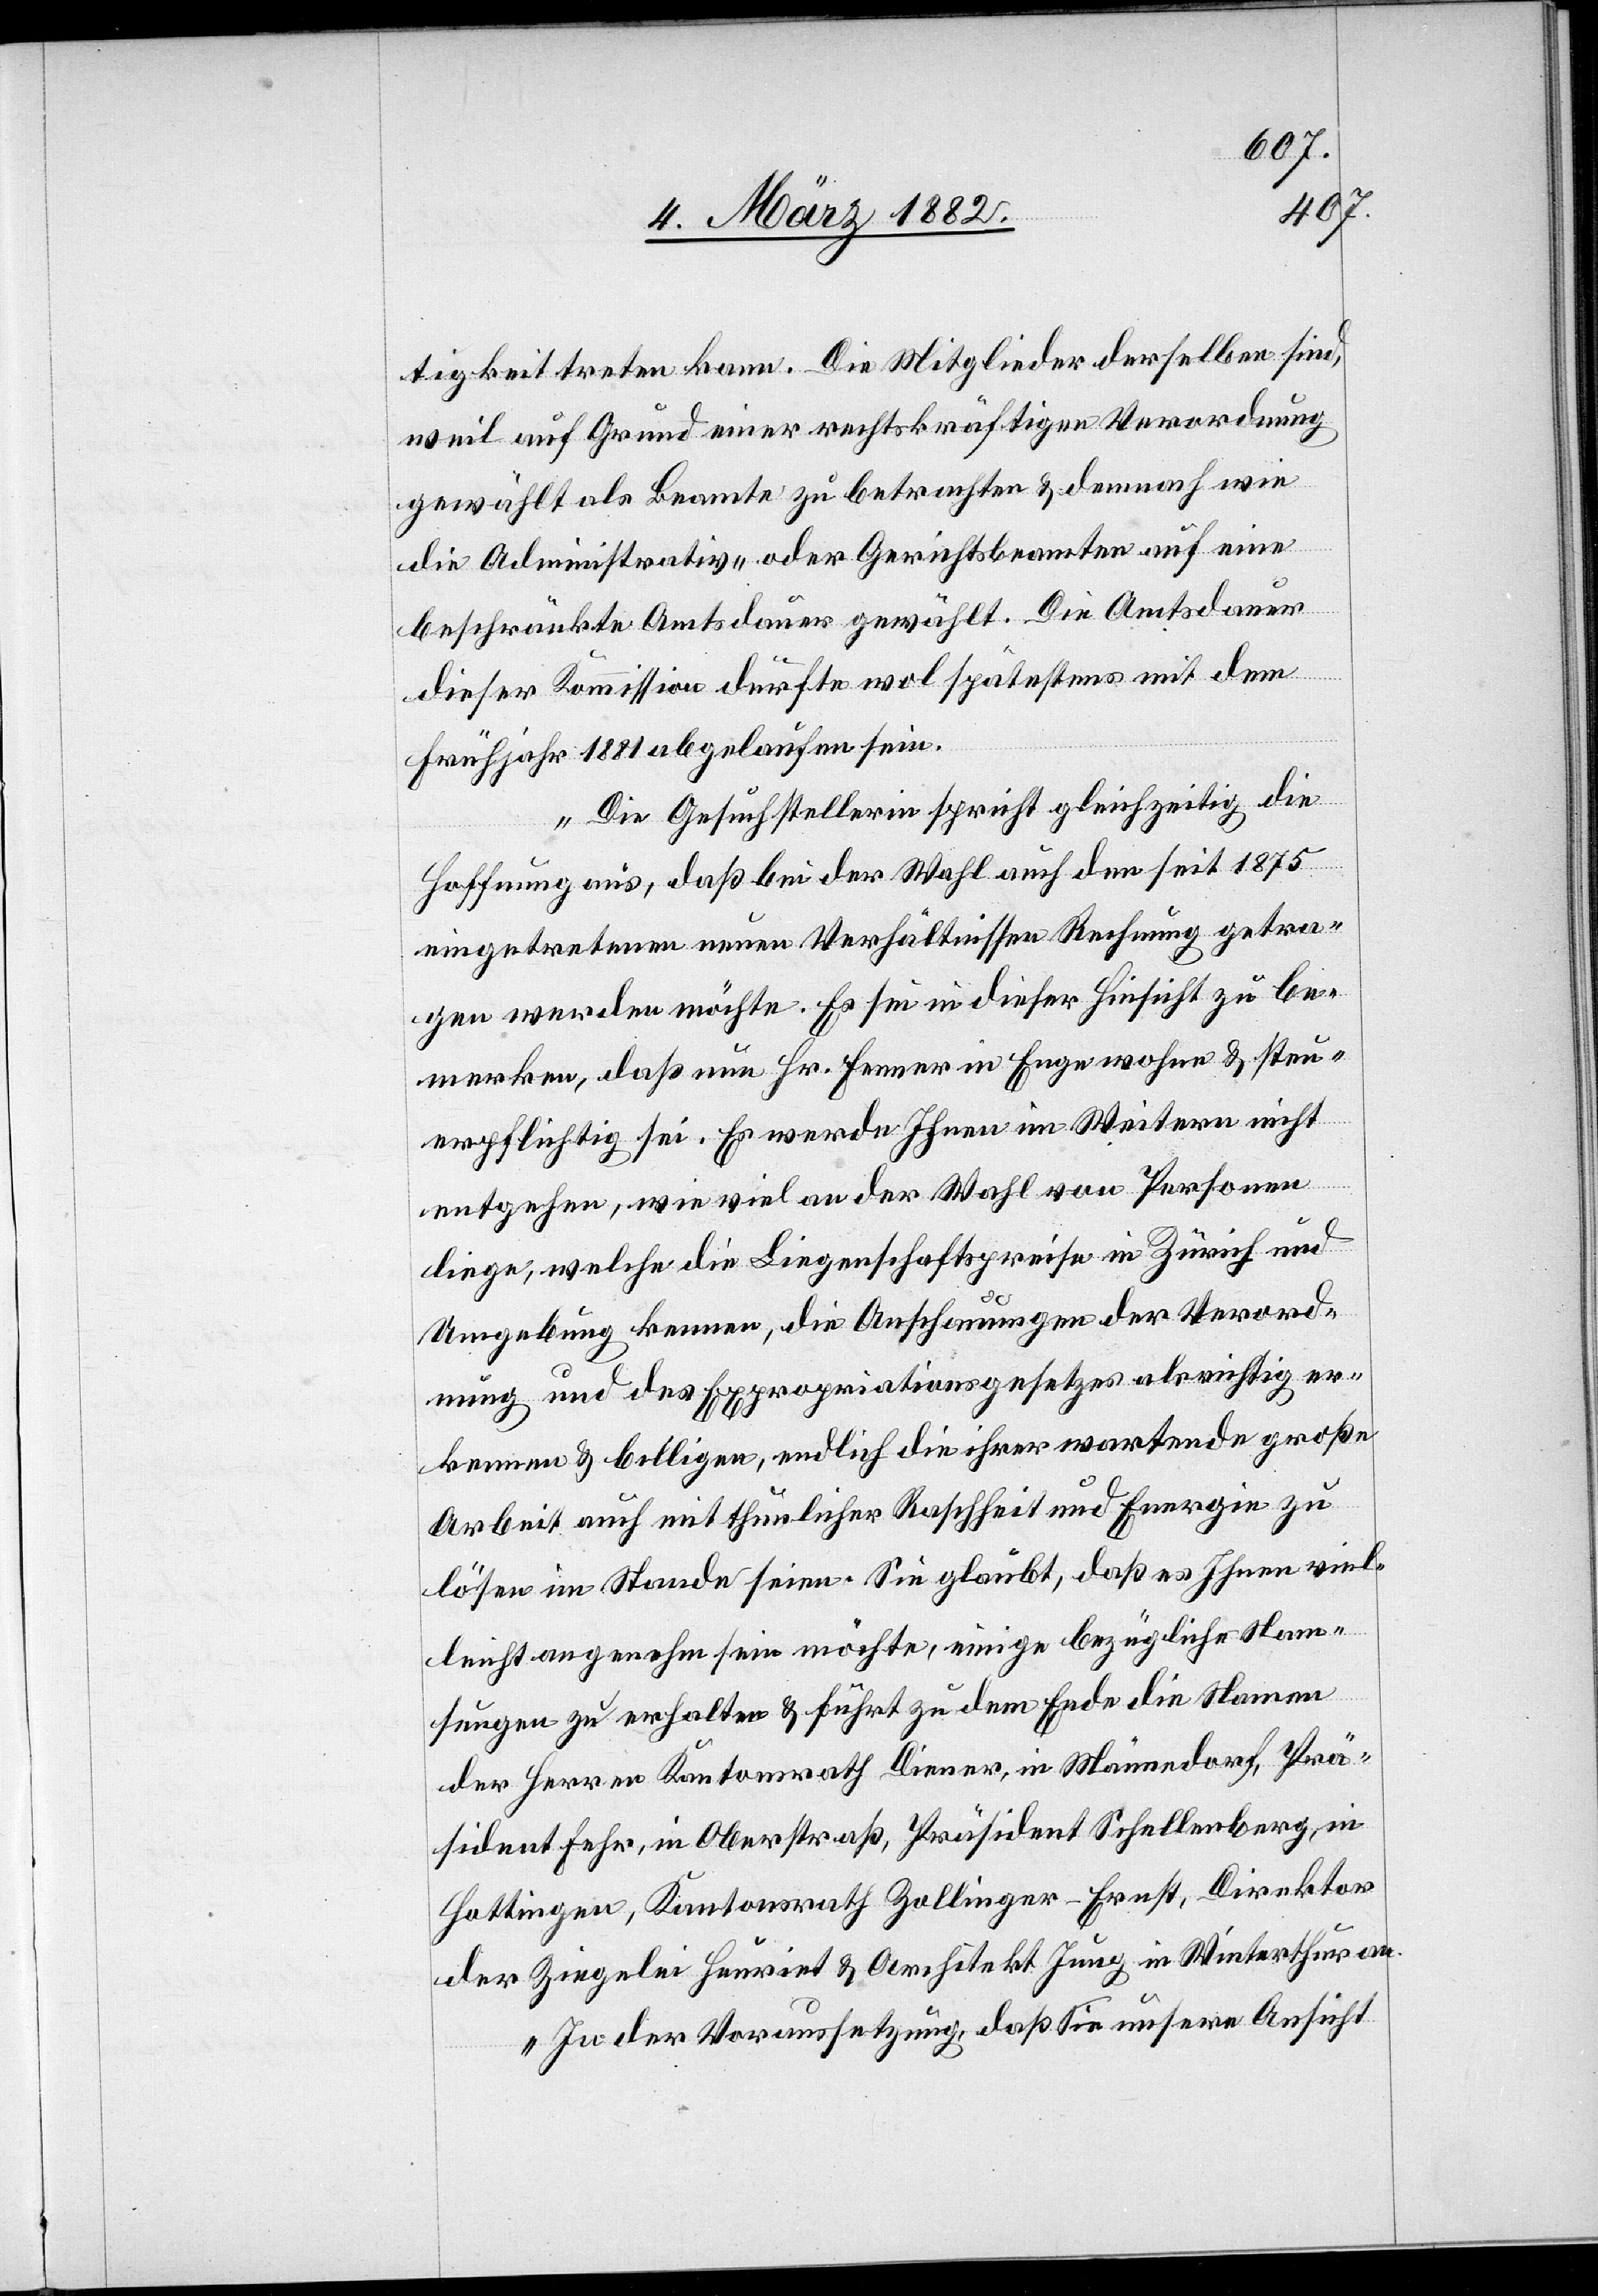
tigkeit treten kann. Die Mitglieder derselben sind,
weil auf Grund einer rechtskräftigen Verordnung
gewählt als Beamte zu betrachten & demnach wie
die Administrativ- oder Gerichtsbeamte auf eine
beschränkte Amtsdauer gewählt. Die Amtsdauer
dieser Kommission dürfte wol spätestens mit dem
Frühjahr 1881 abgelaufen sein.
Die Gesuchstellerin spricht gleichzeitig die
Hoffnung aus, daß bei der Wahl auf den seit 1875
eingetretenen neuen Verhältnissen Rechnung getra¬
gen werden möchte. Es sei in dieser Hinsicht zu be¬
merken, daß nun Hr. Fenner in Enge wohne & steu¬
erpflichtig sei. Es werde Ihnen im Weiteren nicht
entgehen, wie viel an der Wahl von Personen
liege, welche die Liegenschaftspreise in Zürich und
Umgebung kennen, die Anschauungen der Verord¬
nung und des Expropriationsgesetzes als richtig er¬
kennen & billigen, endlich die ihrer wartende große
Arbeit auch mit thunlicher Raschheit und Energie zu
lösen im Stande seien. Sie glaubt, daß es Ihnen viel¬
leicht angenehm sein möchte, einige bezügliche Nam¬
hungen zu erhalten & führt zu dem Ende die Namen
der Herren Kantonsrath Diener, in Männedorf, Prä¬
sident Fehr, in Oberstraß, Präsident Schellenberg, in
Hottingen, Kantonsrath Zollinger-Ernst, Direktor
der Ziegelei Heuriet & Architekt Jung in Winterthur an.
In der Voraussetzung, daß Sie unsere Ansicht